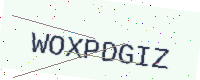
Text: WOXPDGIZ